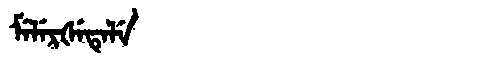
Manchu: ᠮᡝᠯᡝᡵᡧᡝᡨᡝᠯᡝ
Romanization: MELERŠETELE